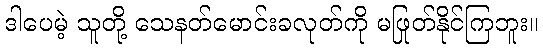
ဒါပေမဲ့ သူတို့ သေနတ်မောင်းခလုတ်ကို မဖြုတ်နိုင်ကြဘူး။